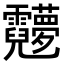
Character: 𬰖